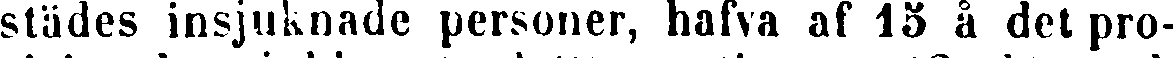
städes insjuknade personer, hafva af 15 å det pro-